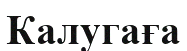
Калугаға